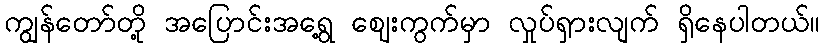
ကျွန်တော်တို့ အပြောင်းအရွေ့ ဈေးကွက်မှာ လှုပ်ရှားလျက် ရှိနေပါတယ်။